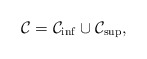
\begin{align*}\mathcal{C}= \mathcal{C}_{\inf} \cup \mathcal{C}_{\sup},\end{align*}